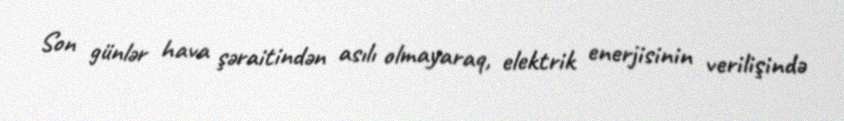
Son günlər hava şəraitindən asılı olmayaraq, elektrik enerjisinin verilişində